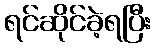
ရင်ဆိုင်ခဲ့ရပြီး